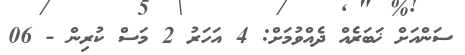
ސަންއަށް ޚަބަރެއް ދެއްވުމަށް: 4 އަހަރު 2 މަސް ކުރިން - 06